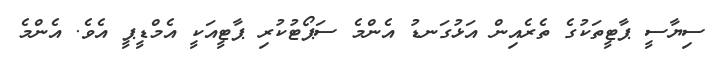
ސިޔާސީ ޕާޓީތަކުގެ ތެރެއިން އަޅުގަނޑު އެންމެ ސަޕޯޓުކުރި ޕާޓީއަކީ އެމްޑީޕީ އެވެ. އެންމެ